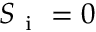
S _ { \mathrm { ~ i ~ } } = 0